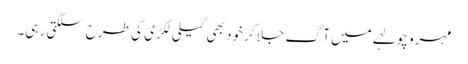
مہرو چولہے میں آگ جلا کر خود بھی گیلی لکڑی کی طرح سلگتی رہی۔